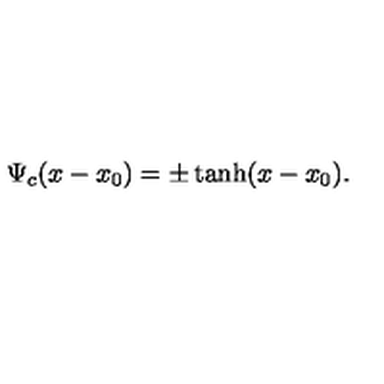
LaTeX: \Psi _ { c } ( x - x _ { 0 } ) = \pm \tanh ( x - x _ { 0 } ) .